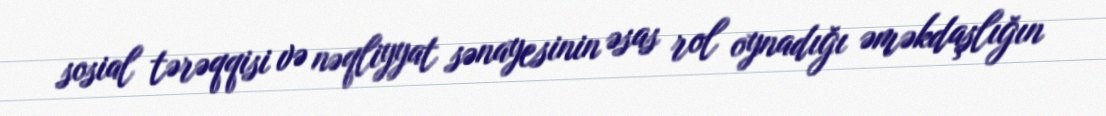
sosial tərəqqisi və nəqliyyat sənayesinin əsas rol oynadığı əməkdaşlığın